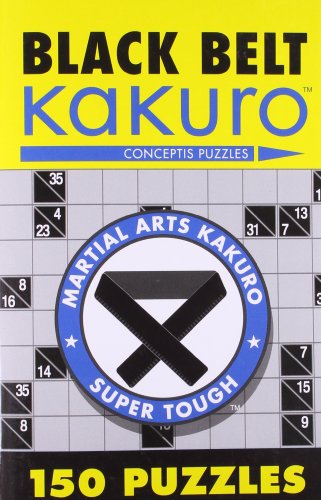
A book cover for Black Belt KakuroEE¢: 150 Puzzles (Martial Arts Puzzles Series); Conceptis Puzzles; Humor & Entertainment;